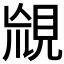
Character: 𧠬